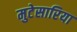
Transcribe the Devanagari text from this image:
मुटेसारिया